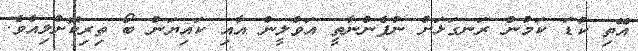
އޭތި ކުޑަ ކަމުން ރަނގަޅަށް ނުފެންނާތީ އަވްލީން އާއި ކައިޔަން ބޯ ތިރިކޮށްލިއެވެ.